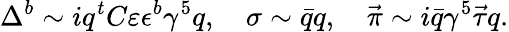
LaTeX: \Delta^{b}\sim iq^{t}C\varepsilon\epsilon^{b}\gamma^{5}q,\quad\sigma\sim\bar{q}q,\quad\vec{\pi}\sim i\bar{q}\gamma^{5}\vec{\tau}q.